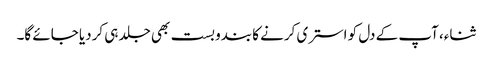
ثناء، آپ کے دل کو استری کرنے کا بندوبست بھی جلد ہی کردیا جائے گا۔